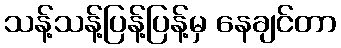
သန့်သန့်ပြန့်ပြန့်မှ နေချင်တာ